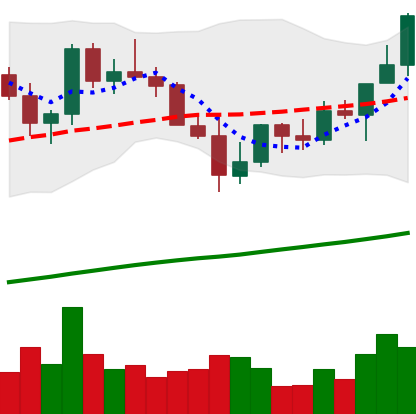
Ticker: LINK-USD
Chart end date: 2021-04-02
Forward return: -4.174%
Label: down_3_5